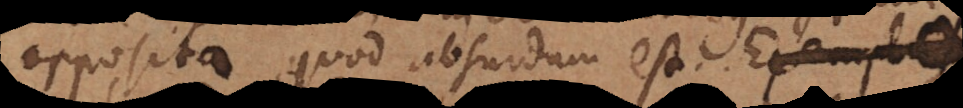
opposita, quod absurdum est.